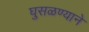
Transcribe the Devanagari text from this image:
घुसळण्याने